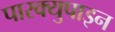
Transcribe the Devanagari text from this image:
पारक्युपाइन